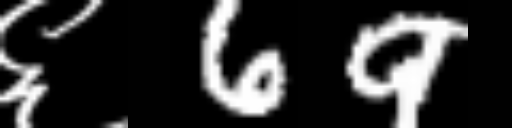
Text: ६69